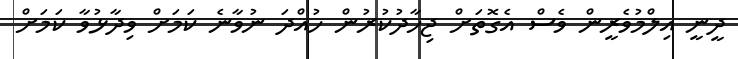
ދީނީ އިލްމުވެރީން ވެސް އެގޮތަށް ޖިހާދުކުުރުން ހުއްދަ ނުވާނެ ކަމަށް ވިދާޅުވާ ކަމަށް